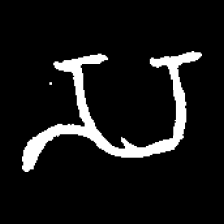
Pyu character \u2014 Myanmar letter: သ (romanized: sa)